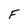
Character: F